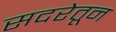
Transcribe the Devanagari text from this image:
सदरेतून